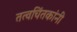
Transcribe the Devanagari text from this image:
तत्वचिंतकांनी